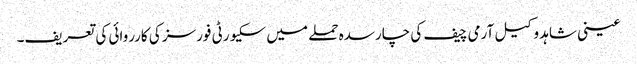
عینی شاہد وکیل آرمی چیف کی چارسدہ حملے میں سکیورٹی فورسز کی کارروائی کی تعریف۔